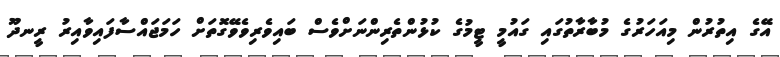
އޭގެ އިތުރުން މިއަހަރުގެ މުބާރާތުގައި ގައުމީ ޓީމުގެ ކުޅުންތެރިންނަށްވެސް ބައިވެރިވެވޭގޮތަށް ހަމަޖައްސާފައިވާއިރު ރީނދޫ